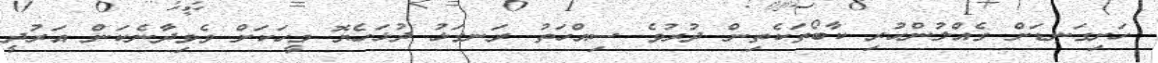
ހަށިގަނޑަށް ގެއްލުންހުރި ކާބޯތަކެތިން ދުރުވެ ސިއްހަތު ރަނގަޅު ދުޅަހެޔޮ މީހަކަށް ވެވިދާނެކަން އަރުދީ